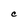
Character: C